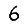
Digit: 6